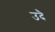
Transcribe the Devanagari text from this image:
उदै